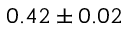
0 . 4 2 \pm 0 . 0 2